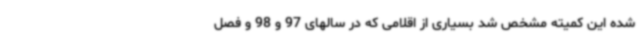
شده این کمیته مشخص شد بسیاری از اقلامی که در سالهای 97 و 98 و فصل